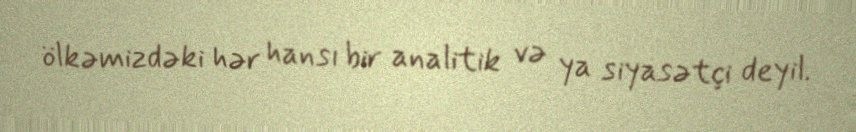
ölkəmizdəki hər hansı bir analitik və ya siyasətçi deyil.